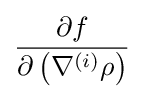
{\frac {\partial f}{\partial \left(\nabla ^{(i)}\rho \right)}}